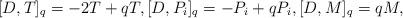
LaTeX: \begin{gather*} [D,T]_q=-2T+qT,[D,P_i]_q=-P_i+qP_i, [D,M]_q=qM,\end{gather*}